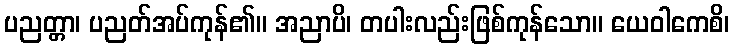
ပညတ္တာ၊ ပညတ်အပ်ကုန်၏။ အညာပိ၊ တပါးလည်းဖြစ်ကုန်သော။ ယေဝါကေစိ၊